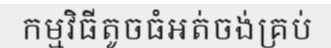
កម្មវិធីតូចធំអត់ចង់គ្រប់